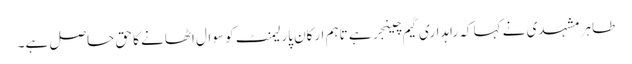
طاہر مشہدی نے کہا کہ راہداری گیم چینجر ہے تاہم ارکان پارلیمنٹ کو سوال اٹھانے کا حق حاصل ہے۔